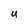
Character: U